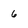
Character: 6